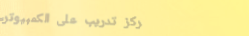
مركز تدريب على الكمبيوتر،